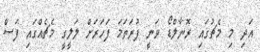
އަދި މި މެޗުގައި ރޮނާލްޑޯ ވަނީ ފުރަތަމަ ފަަހަރަށް ލަލީގީ މެޗެއްގައި ފަސް